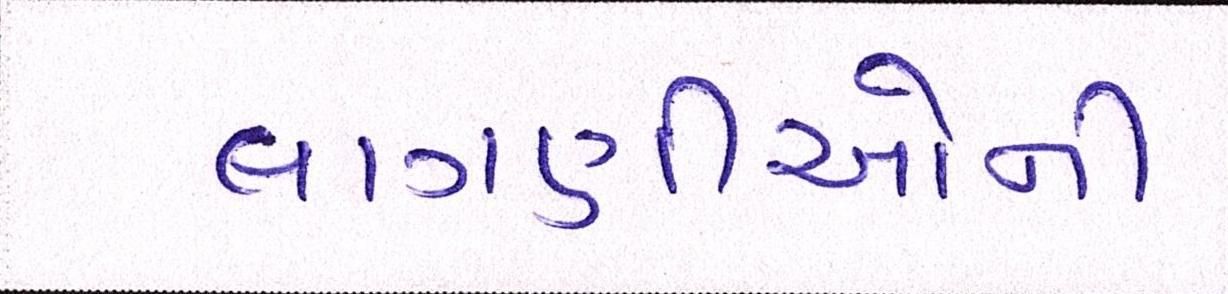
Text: લાગણીઓની